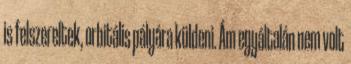
is felszereltek, orbitális pályára küldeni. Ám egyáltalán nem volt